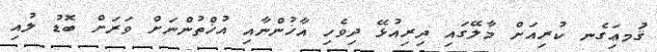
ޤަުމޢަިގެނ ކުރިއަށް މާލޭގައި ދިރިއުޅޭ ދިވެހި އާޚުންނާއި އުޚްތުންނަށް ވަރަށް ބޮޑު ލުއި